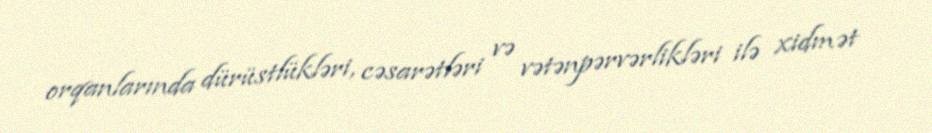
orqanlarında dürüstlükləri, cəsarətləri və vətənpərvərlikləri ilə xidmət